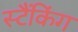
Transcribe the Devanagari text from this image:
स्टैंकिंग